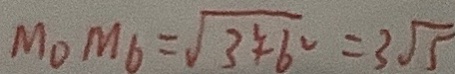
M _ { 0 } M _ { 6 } = \sqrt { 3 ^ { 2 } + 6 ^ { 2 } } = 3 \sqrt { 5 }